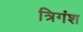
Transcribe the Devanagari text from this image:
त्रिगंश